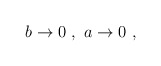
\begin{align*}b \rightarrow 0 \ , \ a \rightarrow 0 \ ,\end{align*}